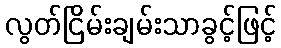
လွတ်ငြိမ်းချမ်းသာခွင့်ဖြင့်